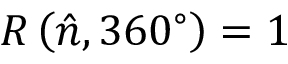
R \left( { \hat { n } } , 3 6 0 ^ { \circ } \right) = 1